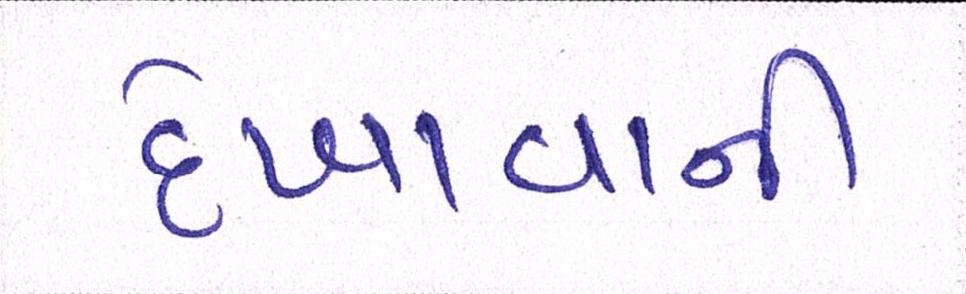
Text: દેખાવાની